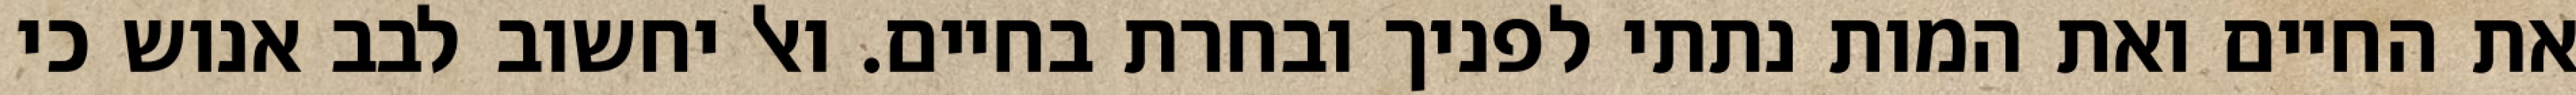
את החיים ואת המות נתתי לפניך ובחרת בחיים. ואל יחשוב לבב אנוש כי